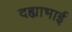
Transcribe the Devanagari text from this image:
दह्याभाई